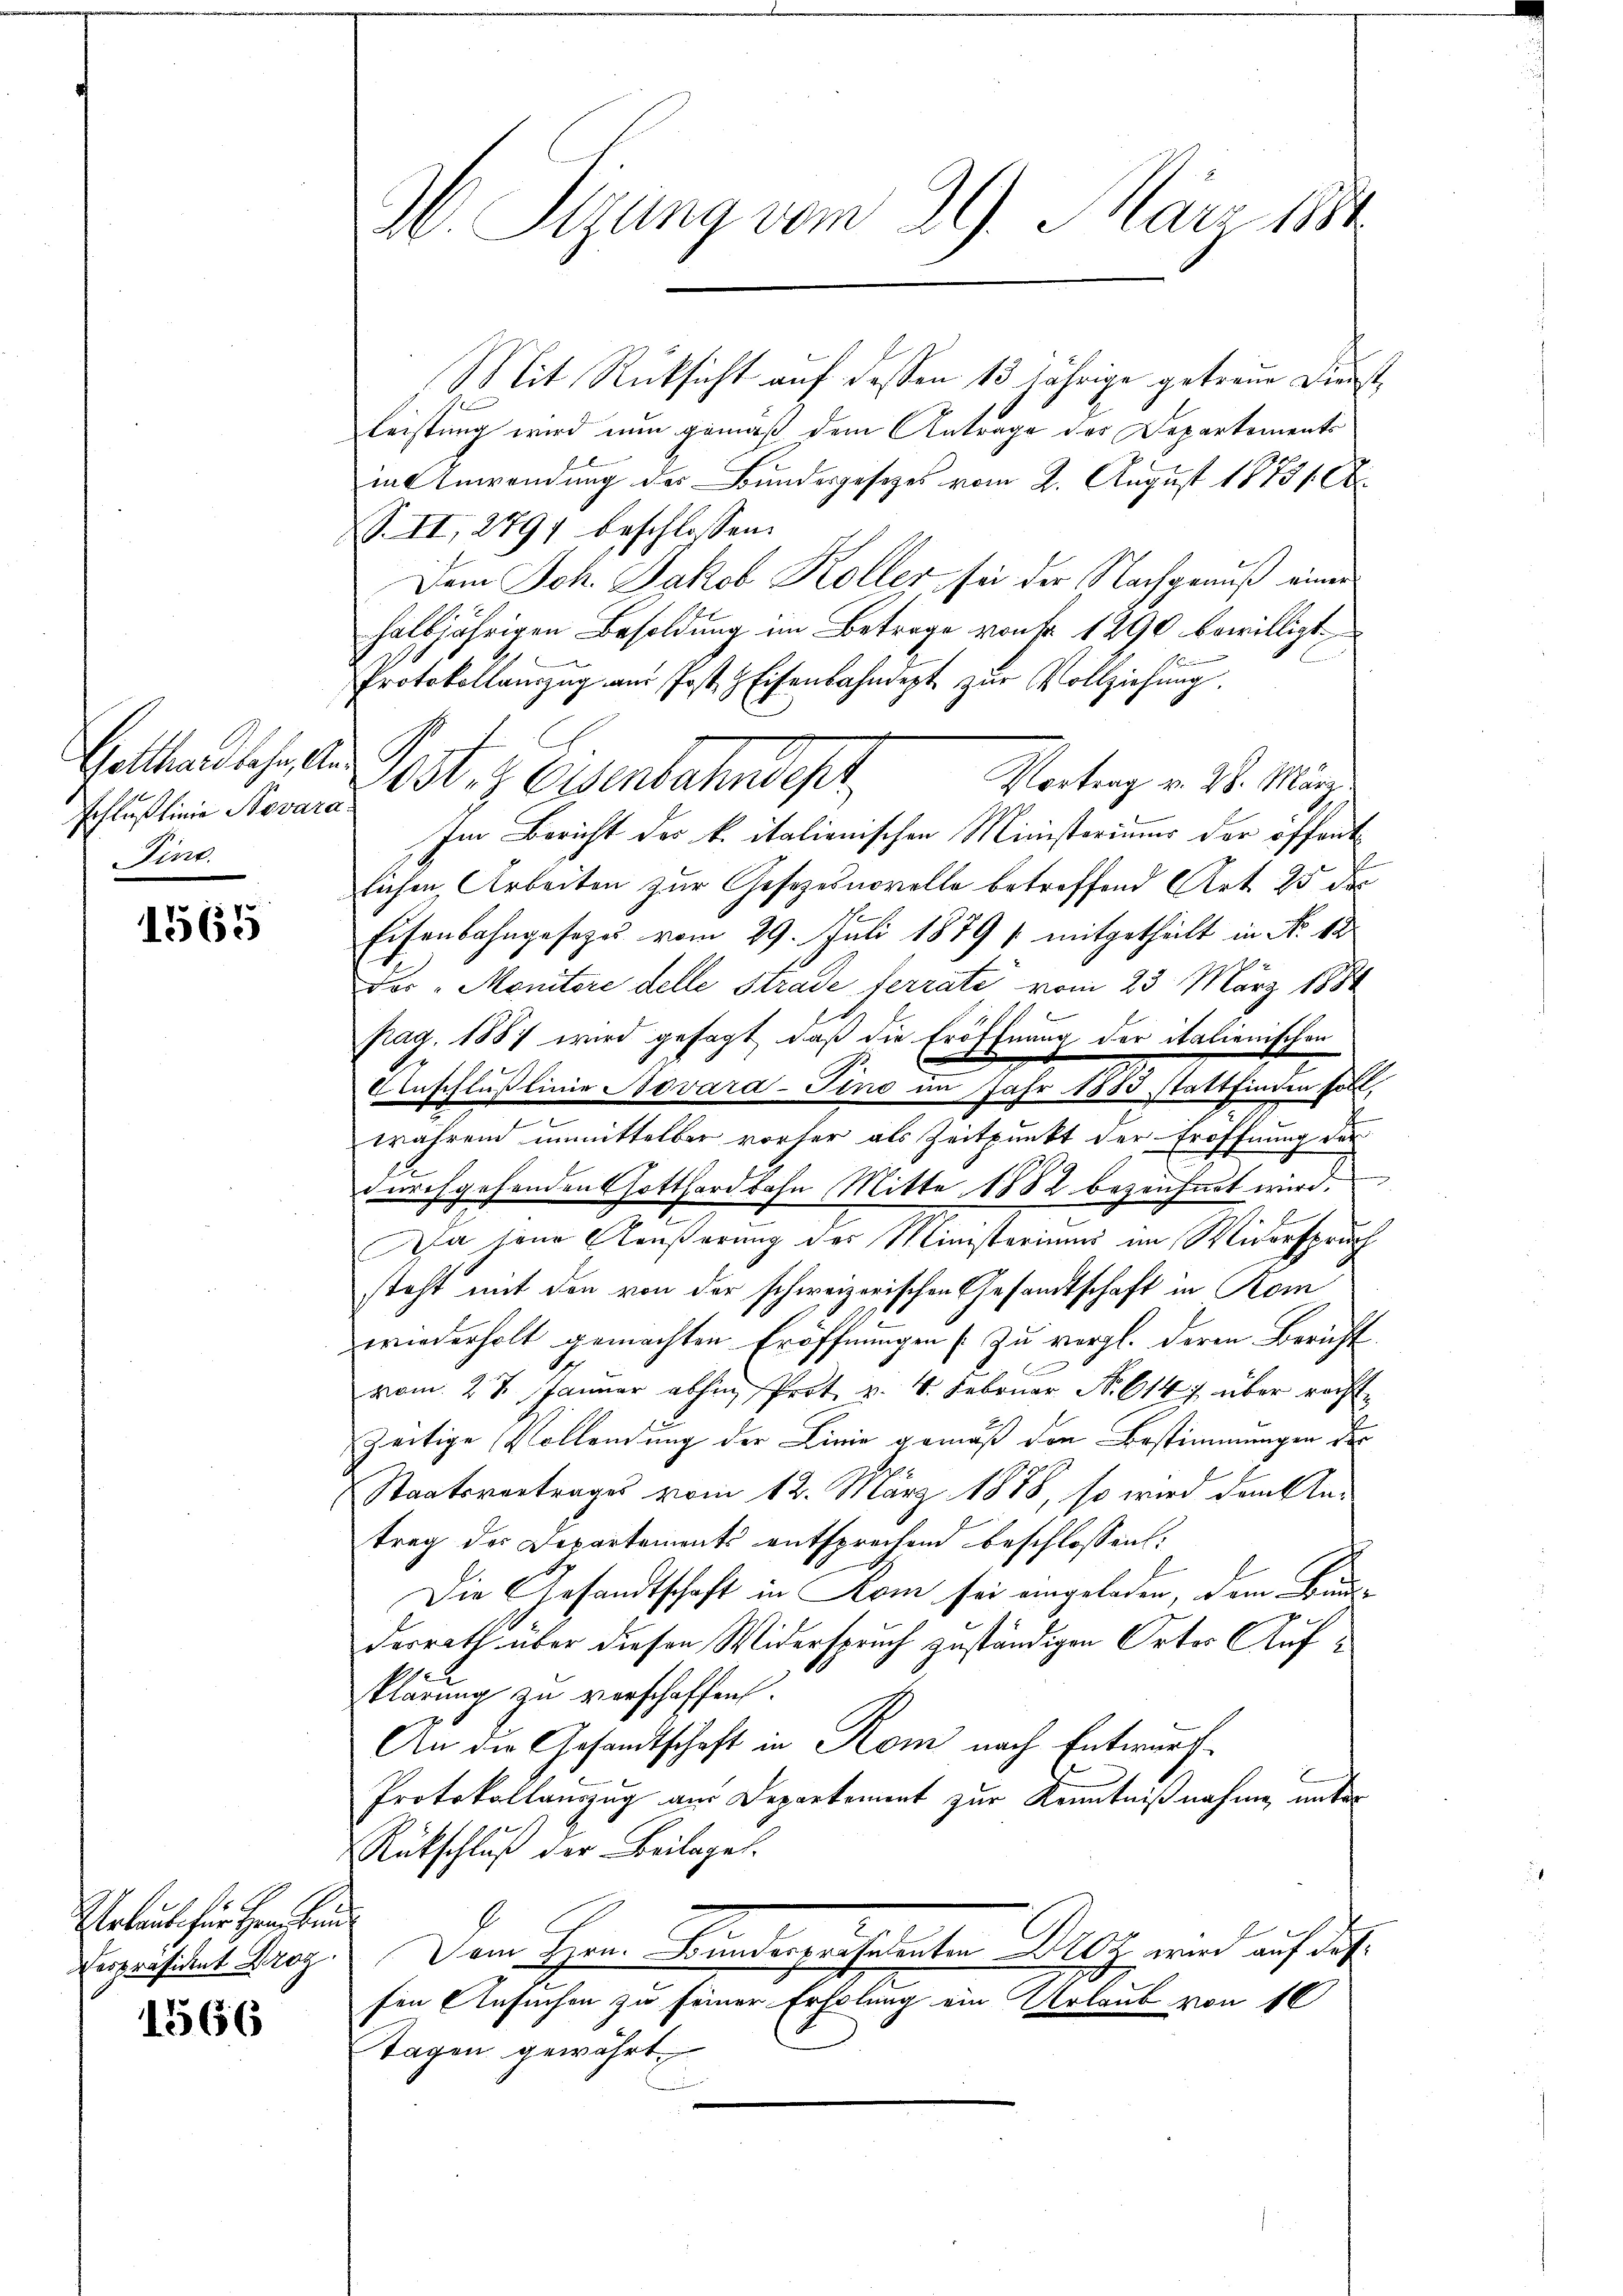
Schlußlinie Novara¬
Pino.

1565

Urlaube für Herr un
Derpräsident Drog

1566

b Sizung vom 29. März 1884

Mit Rücksicht auf dessen 13 jährige getreue Dienst
leistung wird nun gemäß dem Antrage des Departements
in Anwendung der Bundesgesetzes vom 2. August 18731. Ok
S. II, 2791 beschlossen:
Dem Joh. Jakob Koller sei der Nachgenuß einer
halbjährigen Besoldung im Betrage von Fr. 1290 bewilligt
6
Protokollamzug am Post & Eisenbahndept zŭr Vollziehŭng.
Gatten diese in Post, z. Eisenbahndepr
Vortrag v. 28. März
Im Bericht des k. italienischen Ministeriums der offent
lichen Arbeiten zur Gesezesnovelle betreffend Art. 25 die
Eisenbahngesezes vom 29. Juli 1879 1 mitgetheilt in No 12
Der "Monitere delle Strade ferrate vom 23. März 1882
pag. 1887 wird gesagt, daß die Eröffnung der italienischen
E
Uenschlußlinie Novara-Tino im Jahr 1883 stattfinden soll,
e
während unmittelbar vorher als Zeitpunkt der Eröffnung der
durchgehenden Gotthardbahn Mitte 1882 bezeichnet wird.
E
ja seine Aeußerung des Ministeriums im Widerspruch
steht mit den von der schweizerischen Gesandtschaft in Kom
wiederholt gemachten Eröffnungen [zu vergl. deren Bericht
vom 2t Januar abhin Prot. v. 4. Februar No. 6147 über recht-
zeitige Vollendung der Linie gemäß den Bestimmungen der
Staatsvertrages vom 12. März 1878, so wird den An-
trag des Departements entsprechend beschlossen:
Die Gesandtschaft in Rom sei angeladen, dem Bun-
desrath über diesen Widerspruch zuständigen Orter Aufklärung zu verschaffen.
An die Gesandtschaft in Rom nach Entwurf.
Protokollauszug aus Departement zur Kenntnißnahme unter
Rückschlŭβ der Beilage.
t
Dem Herrn Kindegesserten Milz wird auf das
fen Ansuchen zu seiner Erholung ein Urlaub von 10
Tagen gewährt.